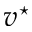
v ^ { \star }